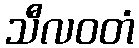
သီလဝတံ